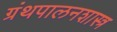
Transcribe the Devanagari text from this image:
ग्रंथपालनशास्त्र